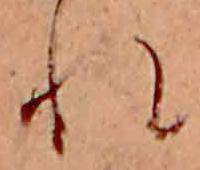
れ